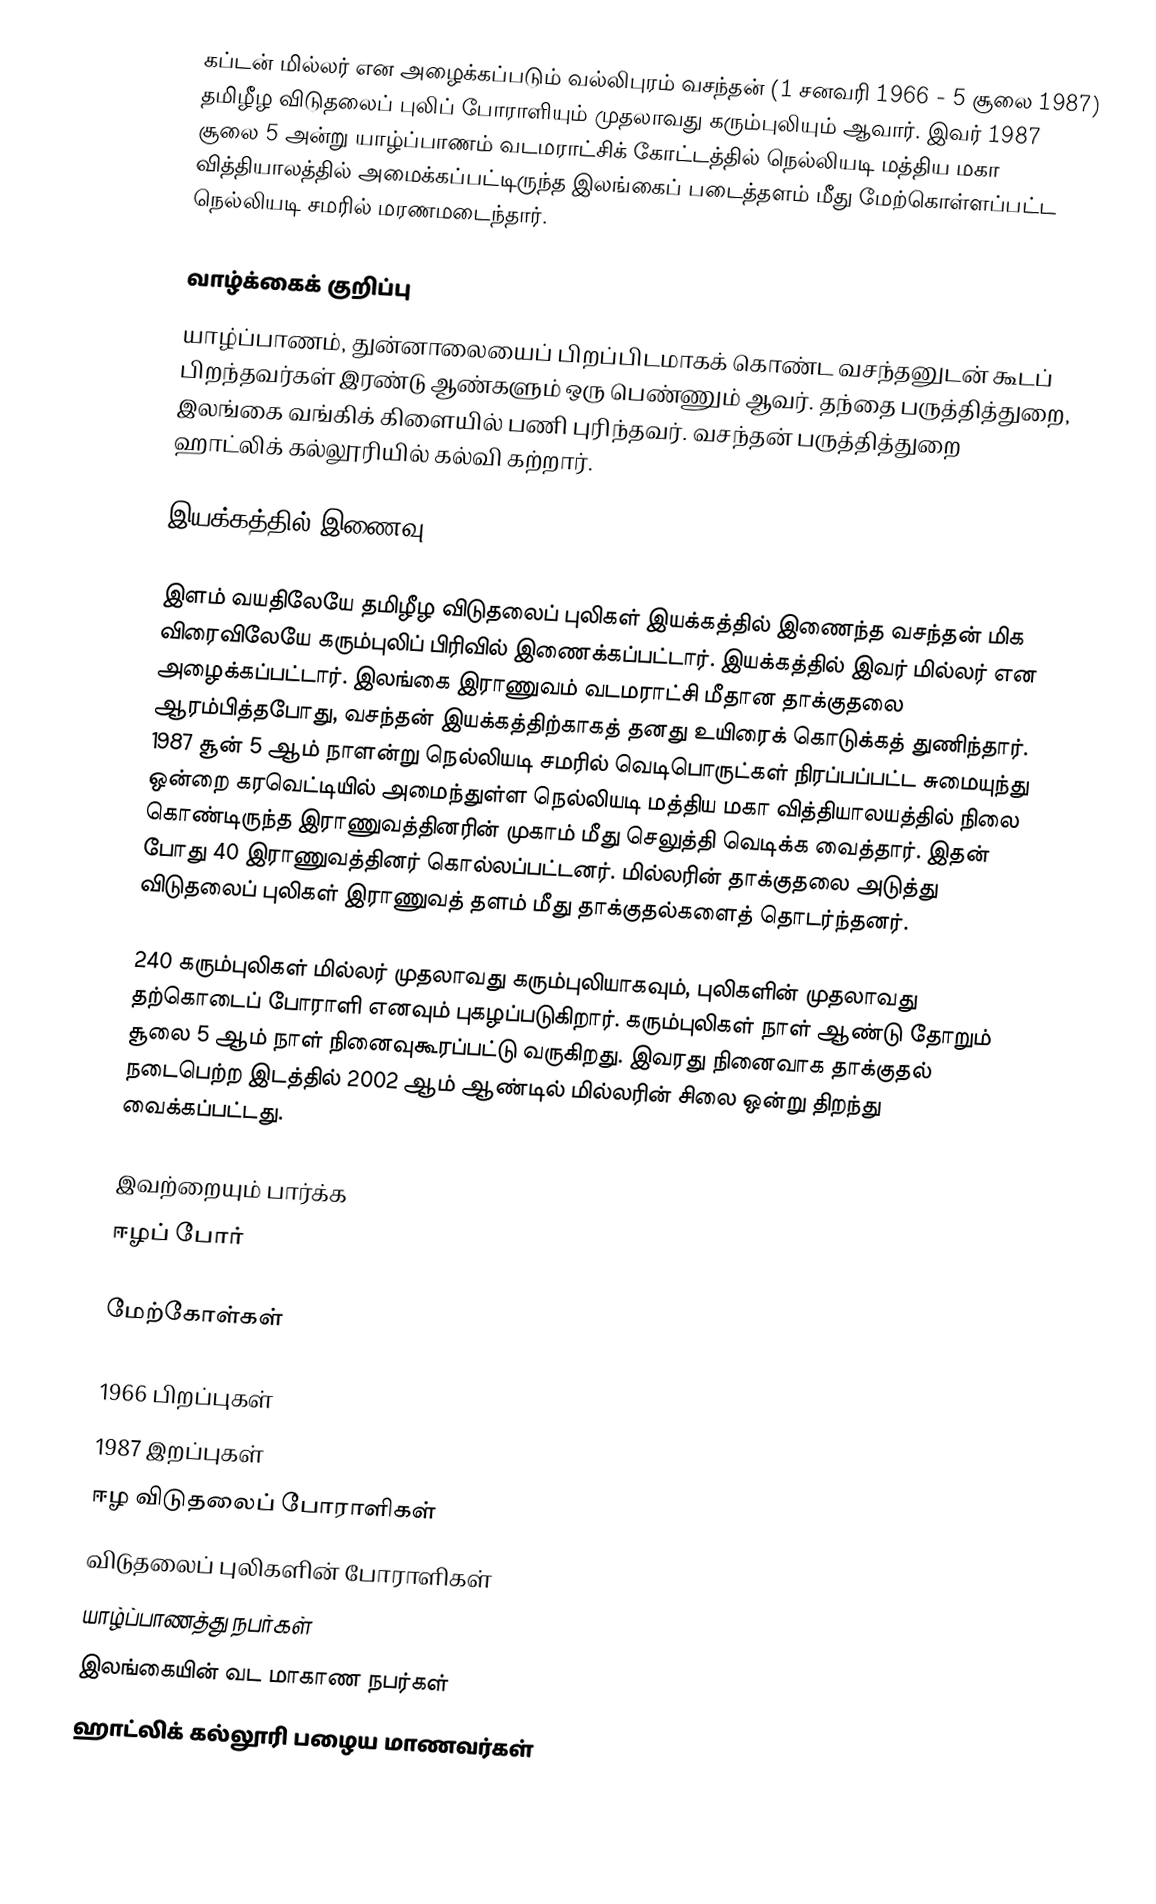
கப்டன் மில்லர் என அழைக்கப்படும் வல்லிபுரம் வசந்தன் (1 சனவரி 1966 - 5 சூலை 1987) தமிழீழ விடுதலைப் புலிப் போராளியும் முதலாவது கரும்புலியும் ஆவார். இவர் 1987 சூலை 5 அன்று யாழ்ப்பாணம் வடமராட்சிக் கோட்டத்தில் நெல்லியடி மத்திய மகா வித்தியாலத்தில் அமைக்கப்பட்டிருந்த இலங்கைப் படைத்தளம் மீது மேற்கொள்ளப்பட்ட நெல்லியடி சமரில் மரணமடைந்தார்.

வாழ்க்கைக் குறிப்பு
யாழ்ப்பாணம், துன்னாலையைப் பிறப்பிடமாகக் கொண்ட வசந்தனுடன் கூடப் பிறந்தவர்கள் இரண்டு ஆண்களும் ஒரு பெண்ணும் ஆவர். தந்தை பருத்தித்துறை, இலங்கை வங்கிக் கிளையில் பணி புரிந்தவர். வசந்தன் பருத்தித்துறை ஹாட்லிக் கல்லூரியில் கல்வி கற்றார்.

இயக்கத்தில் இணைவு

இளம் வயதிலேயே தமிழீழ விடுதலைப் புலிகள் இயக்கத்தில் இணைந்த வசந்தன் மிக விரைவிலேயே கரும்புலிப் பிரிவில் இணைக்கப்பட்டார். இயக்கத்தில் இவர் மில்லர் என அழைக்கப்பட்டார். இலங்கை இராணுவம் வடமராட்சி மீதான தாக்குதலை ஆரம்பித்தபோது, வசந்தன் இயக்கத்திற்காகத் தனது உயிரைக் கொடுக்கத் துணிந்தார். 1987 சூன் 5 ஆம் நாளன்று நெல்லியடி சமரில் வெடிபொருட்கள் நிரப்பப்பட்ட சுமையுந்து ஒன்றை கரவெட்டியில் அமைந்துள்ள நெல்லியடி மத்திய மகா வித்தியாலயத்தில் நிலை கொண்டிருந்த இராணுவத்தினரின் முகாம் மீது செலுத்தி வெடிக்க வைத்தார். இதன் போது 40 இராணுவத்தினர் கொல்லப்பட்டனர். மில்லரின் தாக்குதலை அடுத்து விடுதலைப் புலிகள் இராணுவத் தளம் மீது தாக்குதல்களைத் தொடர்ந்தனர்.

240 கரும்புலிகள் மில்லர் முதலாவது கரும்புலியாகவும், புலிகளின் முதலாவது தற்கொடைப் போராளி எனவும் புகழப்படுகிறார். கரும்புலிகள் நாள் ஆண்டு தோறும் சூலை 5 ஆம் நாள் நினைவுகூரப்பட்டு வருகிறது. இவரது நினைவாக தாக்குதல் நடைபெற்ற இடத்தில் 2002 ஆம் ஆண்டில் மில்லரின் சிலை ஒன்று திறந்து வைக்கப்பட்டது.

இவற்றையும் பார்க்க
ஈழப் போர்

மேற்கோள்கள்

1966 பிறப்புகள்
1987 இறப்புகள்
ஈழ விடுதலைப் போராளிகள்
விடுதலைப் புலிகளின் போராளிகள்
யாழ்ப்பாணத்து நபர்கள்
இலங்கையின் வட மாகாண நபர்கள்
ஹாட்லிக் கல்லூரி பழைய மாணவர்கள்